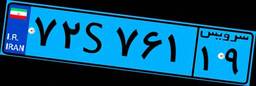
۲۹S۲۲۳۵۱